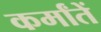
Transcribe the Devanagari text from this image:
कर्मांतें